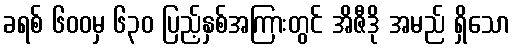
ခရစ် ၆၀၀မှ ၆၃၀ ပြည့်နှစ်အကြားတွင် အိဇီဒို အမည် ရှိသော